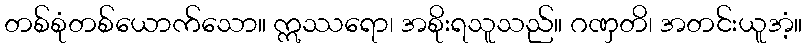
တစ်စုံတစ်ယောက်သော။ ဣဿရော၊ အစိုးရသူသည်။ ဂဏှတိ၊ အတင်းယူအံ့။